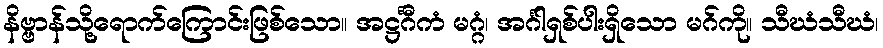
နိဗ္ဗာန်သို့ရောက်ကြောင်းဖြစ်သော။ အဋ္ဌင်္ဂီကံ မဂ္ဂံ၊ အင်္ဂါရှစ်ပါးရှိသော မဂ်ကို။ သီဃံသီဃံ၊